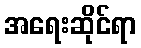
အရေးဆိုင်ရာ